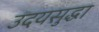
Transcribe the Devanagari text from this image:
उदयसुद्धा